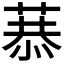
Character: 𦷧